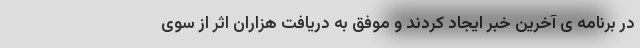
در برنامه ی آخرین خبر ایجاد کردند و موفق به دریافت هزاران اثر از سوی